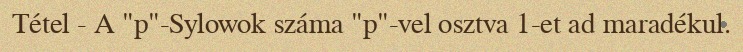
Tétel - A "p"-Sylowok száma "p"-vel osztva 1-et ad maradékul.